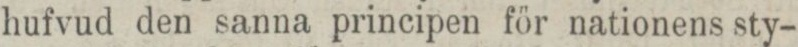
hufvud den sanna principen för nationens sty-